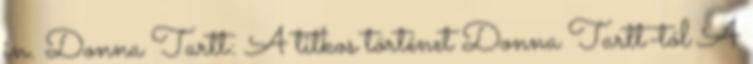
in. Donna Tartt: A titkos történet Donna Tartt-tól A